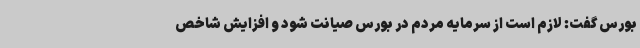
بورس گفت: لازم است از سرمایه مردم در بورس صیانت شود و افزایش شاخص